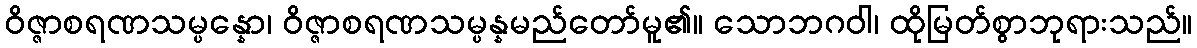
ဝိဇ္ဇာစရဏသမ္ပန္နော၊ ဝိဇ္ဇာစရဏသမ္ပန္နမည်တော်မူ၏။ သောဘဂဝါ၊ ထိုမြတ်စွာဘုရားသည်။